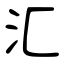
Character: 汇